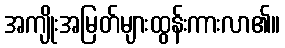
အကျိုးအမြတ်များထွန်းကားလာ၏။